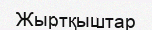
Жыртқыштар